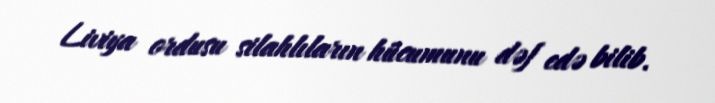
Liviya ordusu silahlıların hücumunu dəf edə bilib.